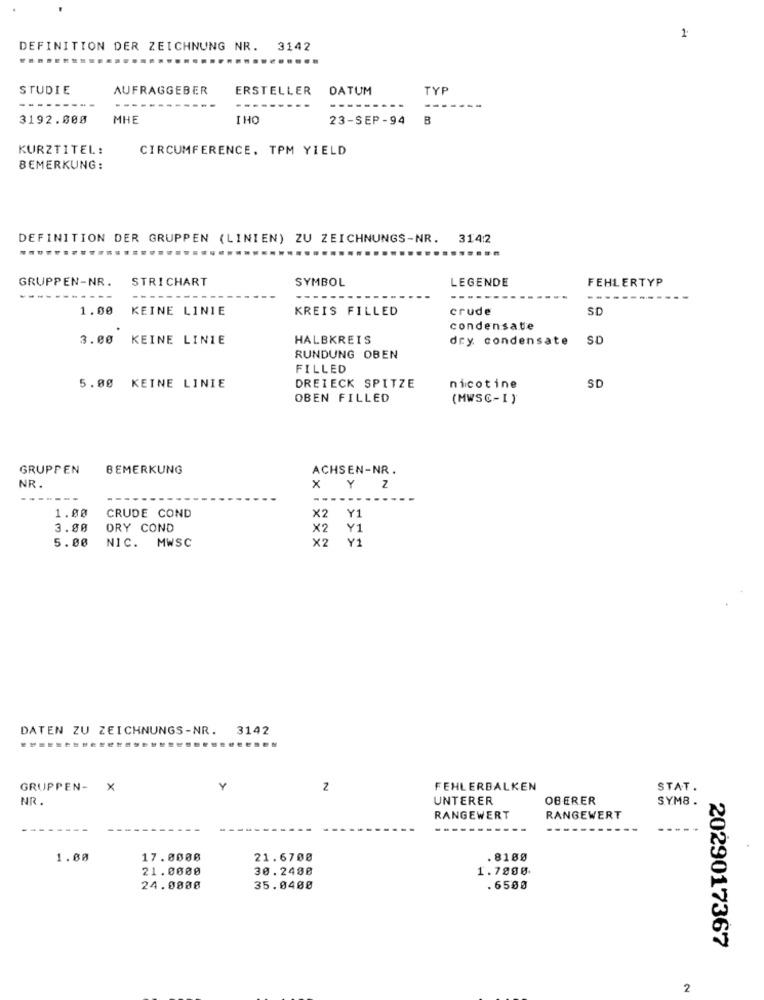
1
DEFINITION DER ZEICHNUNG NR. 3142
STUDIE
AUFRAGGEBER
ERSTELLER
DATUM
TYP
---.
--
3192.000
MHE
I HO
23-SEP-94
B
KURZTITEL:
CIRCUMFERENCE, TPM YIELD
BEMERKUNG:
DEFINITION DER GRUPPEN (LINIEN) ZU ZEICHNUNGS-NR. 314:2
..........
GRUPPEN-NR.
STRICHART
SYMBOL
LEGENDE
FEHLERTYP
1.00
KEINE LINIE
KREIS FILLED
crude
SD
condensate
3.00 KEINE LINIE
HALBKREIS
dry condensate
SD
RUNDUNG OBEN
FILLED
5.00 KEINE LINIE
DREIECK SPITZE
nicotine
SD
OBEN FILLED
(MWSC-I)
GRUPPEN
BEMERKUNG
ACHSEN-NR.
NR.
XYZ
----
1.00
CRUDE COND
X2 Y1
3.00
ORY COND
×2 Y1
×2
Y1
5.00
NIC. MWSC
DATEN ZU ZEICHNUNGS-NR. 3142
GRUPPEN- X
Y
2
FEHLERBALKEN
STAT.
NR.
UNTERER
OBERER
SYM8.
RANGEWERT
RANGEWERT
1.00
17.0008
21.6700
. 8188
21.0000
30.2480
1.7895
24.0008
35.0400
. 6500
2029017367
2